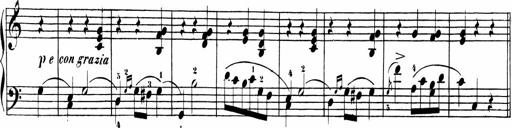
Title: Sonatinas
Composer: Andrew Violette